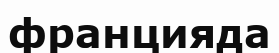
францияда